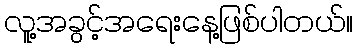
လူ့အခွင့်အရေးနေ့ဖြစ်ပါတယ်။